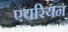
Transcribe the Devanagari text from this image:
एयरियन